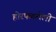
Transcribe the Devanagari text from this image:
होरपळलेली